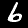
Digit: 6